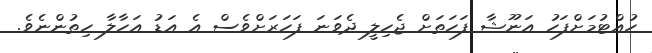
ހުއްޓުމަށްފަހު އަނޫޝާ ފަހަތަށް ޖެހިލީ ދެވަނަ ފަހަރަށްވެސް އެ އަޑު އަހާލާ ހިތުންނެވެ.